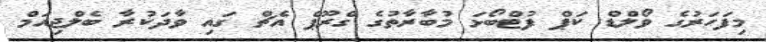
މިފަހަރުގެ ވޯލްޑް ކަޕް ފުޓްބޯޅަ މުބާރާތުގެ ގްރޫޕް އެޗް ގައި ވާދަކުރާ ބެލްޖިއަމް